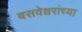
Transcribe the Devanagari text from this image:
बसवेश्वरांच्या